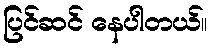
ပြင်ဆင် နေပါတယ်။